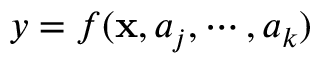
y = f ( \mathbf { x } , a _ { j } , \cdots , a _ { k } )